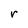
Character: r